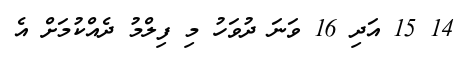
14 15 އަދި 16 ވަނަ ދުވަހު މި ފިލްމު ދެއްކުމަށް އެ